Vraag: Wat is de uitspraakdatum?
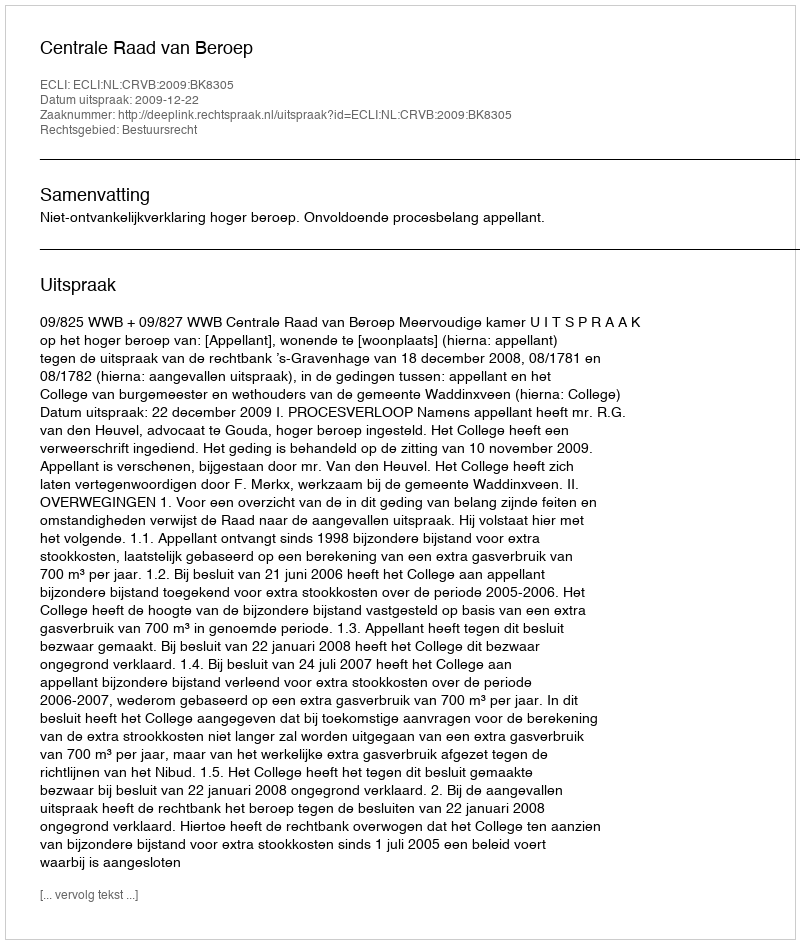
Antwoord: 2009-12-22